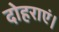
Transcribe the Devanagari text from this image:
दोहराएं।